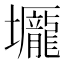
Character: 𡓺